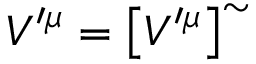
V ^ { \prime \mu } = \left[ V ^ { \prime \mu } \right] ^ { \sim }